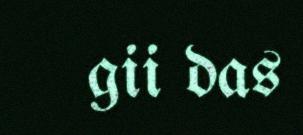
gii das